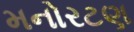
મનોરટણ